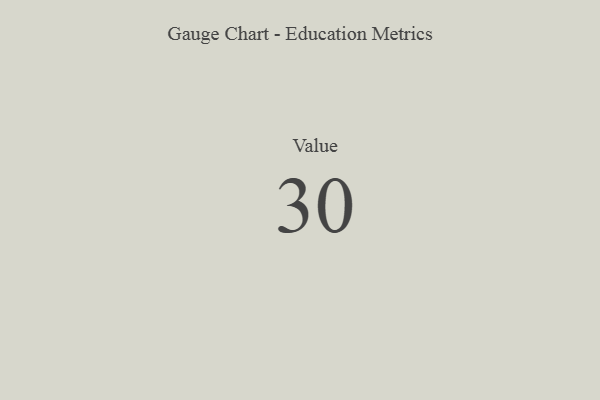
{"axis": {"x": "Metric", "y": "Value"}, "legend": [""], "data": [{"x": "Value", "y": 30, "type": ""}]}